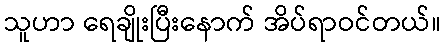
သူဟာ ရေချိုးပြီးနောက် အိပ်ရာဝင်တယ်။